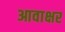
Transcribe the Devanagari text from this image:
आवाक्षर